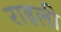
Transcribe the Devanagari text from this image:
राइली